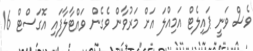
ވެސް ވަނީ ޕައިލެޓް އަމިއްލަ އަށް މަރުވާން ވެގެން ވައްޓާލާފައި އޮގަސްޓް 16